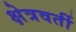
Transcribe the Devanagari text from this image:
क्षेत्रवर्ती